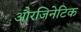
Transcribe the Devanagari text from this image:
औरजिनेटिक